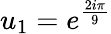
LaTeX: u_{1}=e^{\frac{2i\pi}{9}}